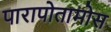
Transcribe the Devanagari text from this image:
पारापोतामोस